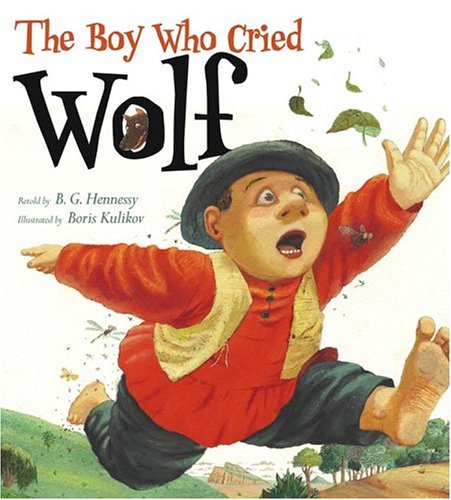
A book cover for The Boy Who Cried Wolf; B. G. Hennessy; Children's Books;